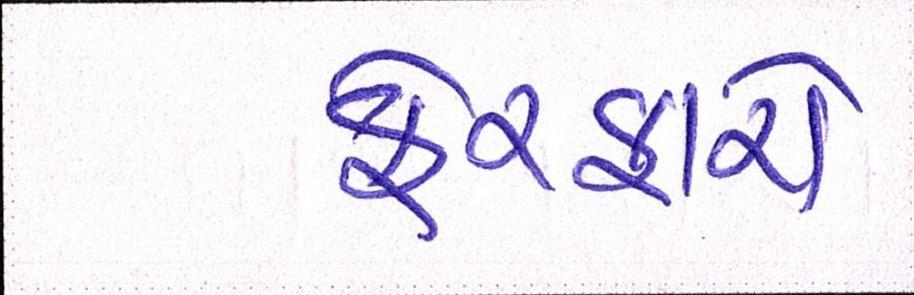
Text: ફેરફારો